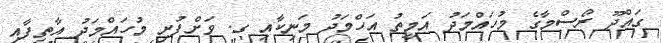
ގައްދޫ ރޯސްމާގެ މުހައްމަދު އަމީތު އަހްމަދު މަނިކާއި ގ. ވަށްފުށި މުހައްމަދު އާތިފާއި